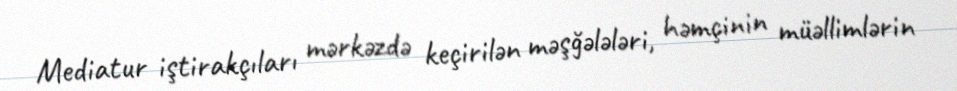
Mediatur iştirakçıları mərkəzdə keçirilən məşğələləri, həmçinin müəllimlərin